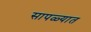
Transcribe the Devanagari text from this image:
सापळ्यात